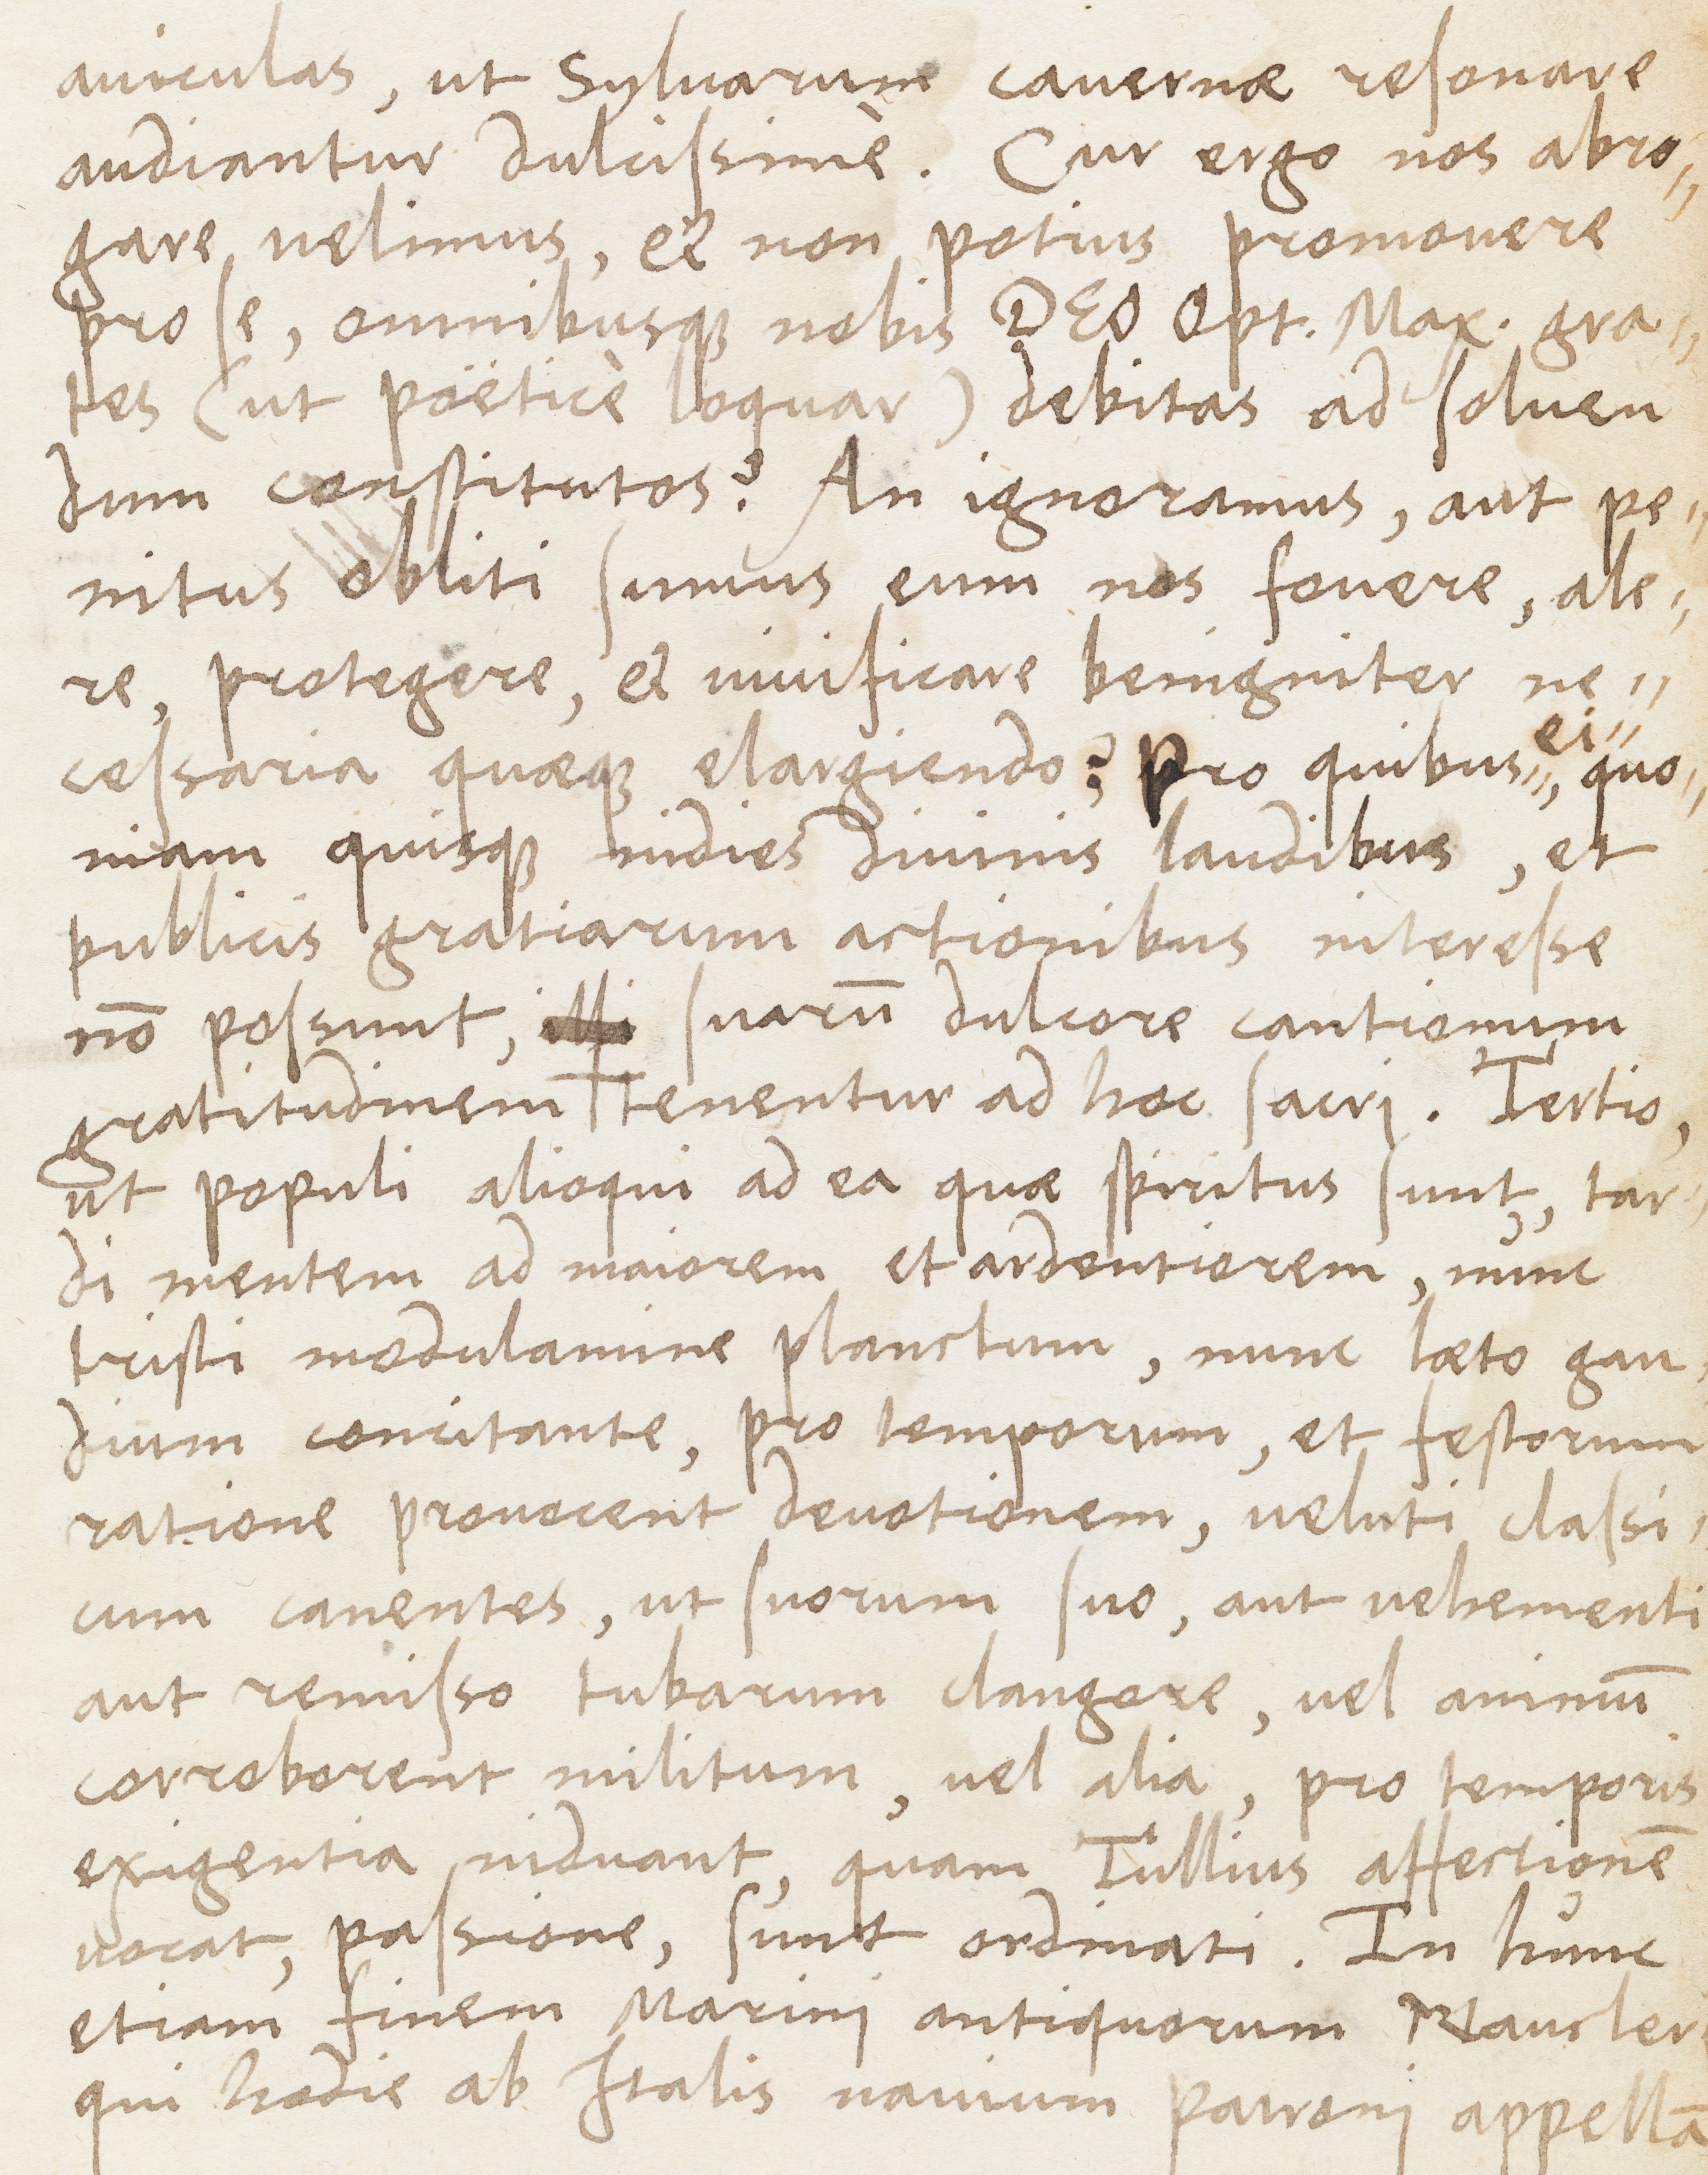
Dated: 1400–1499